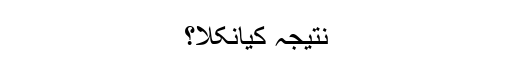
نتیجہ کیانکلا؟